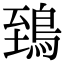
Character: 鵄